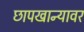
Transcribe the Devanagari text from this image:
छापखान्यावर